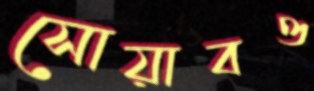
সোয়াবও